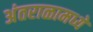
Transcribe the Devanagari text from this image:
अंतराळामध्ये